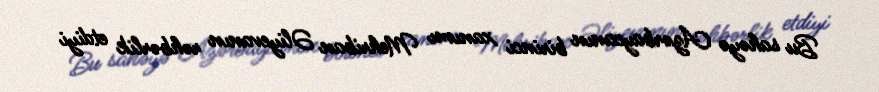
Bu sahəyə Azərbaycanın birinci xanımı Mehriban Əliyevanın rəhbərlik etdiyi